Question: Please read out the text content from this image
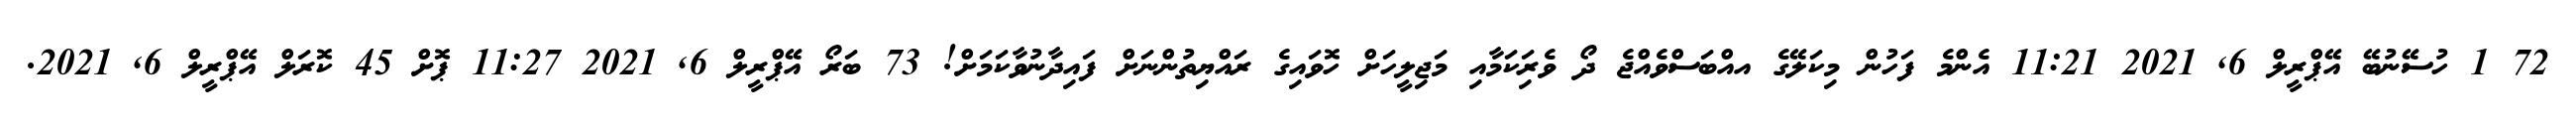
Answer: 72 1 ހުސޭނުބޭ އޭޕްރީލް 6, 2021 11:21 އެންމެ ފަހުން މިކަލޭގެ އއްބަސްވެއްޖެ ދޯ ވެރިަކަމާއި މަޖިލީހަށް ހޮވައިގެ ރައްޔިތުންނަށް ފައިދާނުވާކަމަށް! 73 ބަރޯ އޭޕްރީލް 6, 2021 11:27 ޕޮށް 45 ކޮރަލް އޭޕްރީލް 6, 2021.